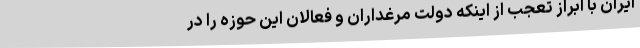
ایران با ابراز تعجب از اینکه دولت مرغداران و فعالان این حوزه را در